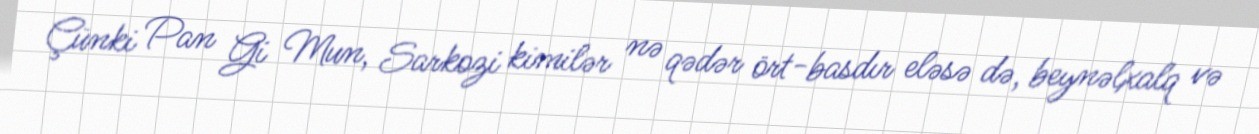
Çünki Pan Gi Mun, Sarkozi kimilər nə qədər ört-basdır eləsə də, beynəlxalq və